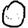
Digit: 0